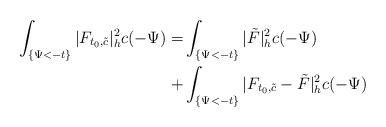
LaTeX: \begin{align*}\int_{ \{ \Psi<-t\}}|F_{t_0,\tilde{c}}|^2_hc(-\Psi)=&\int_{ \{ \Psi<-t\}}|\tilde{F}|^2_hc(-\Psi)\\+&\int_{ \{ \Psi<-t\}}|F_{t_0,\tilde{c}}-\tilde{F}|^2_hc(-\Psi)\end{align*}